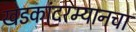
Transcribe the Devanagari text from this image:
खडकांदरम्यानचा